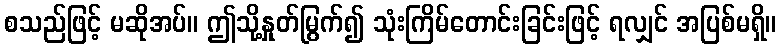
စသည်ဖြင့် မဆိုအပ်။ ဤသို့နှုတ်မြွက်၍ သုံးကြိမ်တောင်းခြင်းဖြင့် ရလျှင် အပြစ်မရှိ။